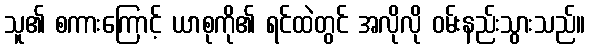
သူ၏ စကားကြောင့် ယာစုကို၏ ရင်ထဲတွင် အလိုလို ဝမ်းနည်းသွားသည်။